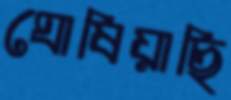
ঘোষিয়াছি